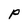
Character: P